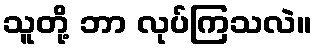
သူတို့ ဘာ လုပ်ကြသလဲ။